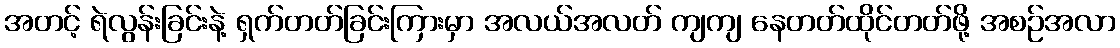
အတင့် ရဲလွန်းခြင်းနဲ့ ရှက်တတ်ခြင်းကြားမှာ အလယ်အလတ် ကျကျ နေတတ်ထိုင်တတ်ဖို့ အစဉ်အလာ